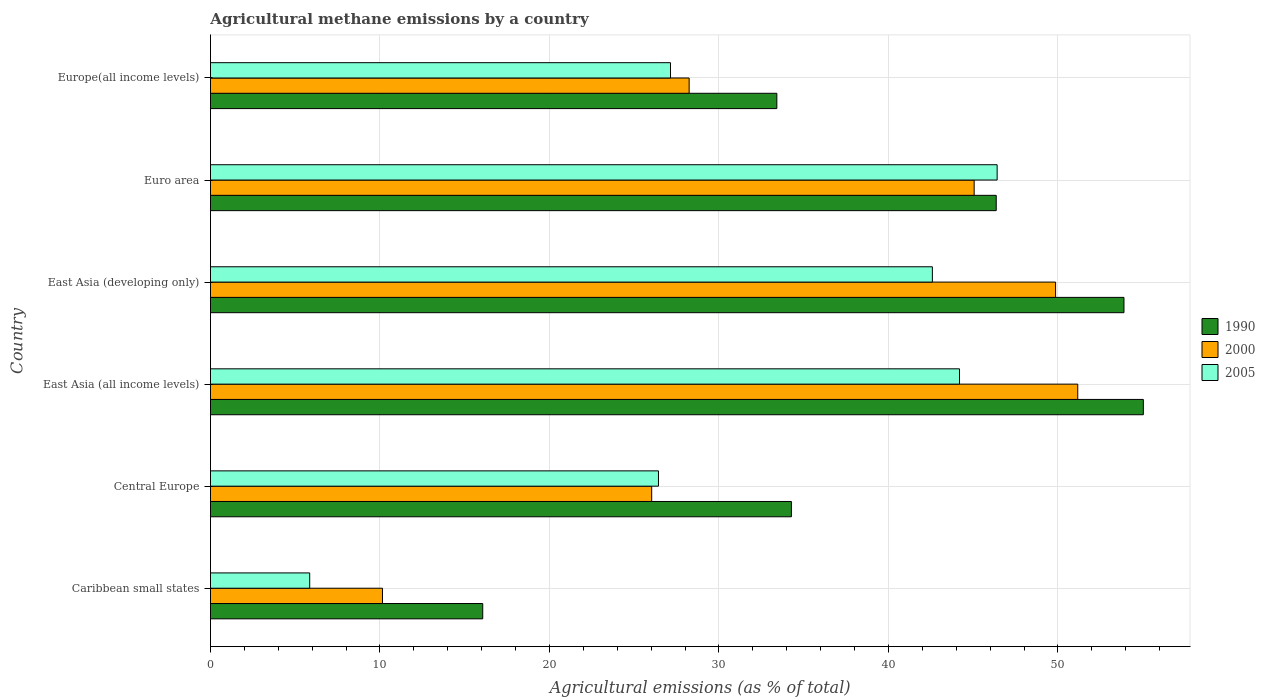
| Country | 1990 | 2000 | 2005 |
 | --- | --- | --- | --- |
 | Caribbean small states | 16.1 | 10.1 | 5.85 |
 | Central Europe | 34.3 | 26 | 26.4 |
 | East Asia (all income levels) | 55 | 51.2 | 44.2 |
 | East Asia (developing only) | 53.9 | 49.9 | 42.6 |
 | Euro area | 46.4 | 45.1 | 46.4 |
 | Europe(all income levels) | 33.4 | 28.2 | 27.1 |